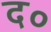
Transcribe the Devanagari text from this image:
द०